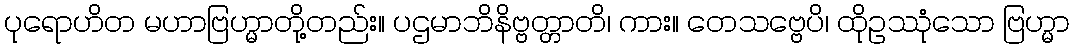
ပုရောဟိတ မဟာဗြဟ္မာတို့တည်း။ ပဌမာဘိနိဗ္ဗတ္တာတိ၊ ကား။ တေသဗ္ဗေပိ၊ ထိုဥဿုံသော ဗြဟ္မာ